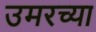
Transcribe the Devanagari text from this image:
उमरच्या